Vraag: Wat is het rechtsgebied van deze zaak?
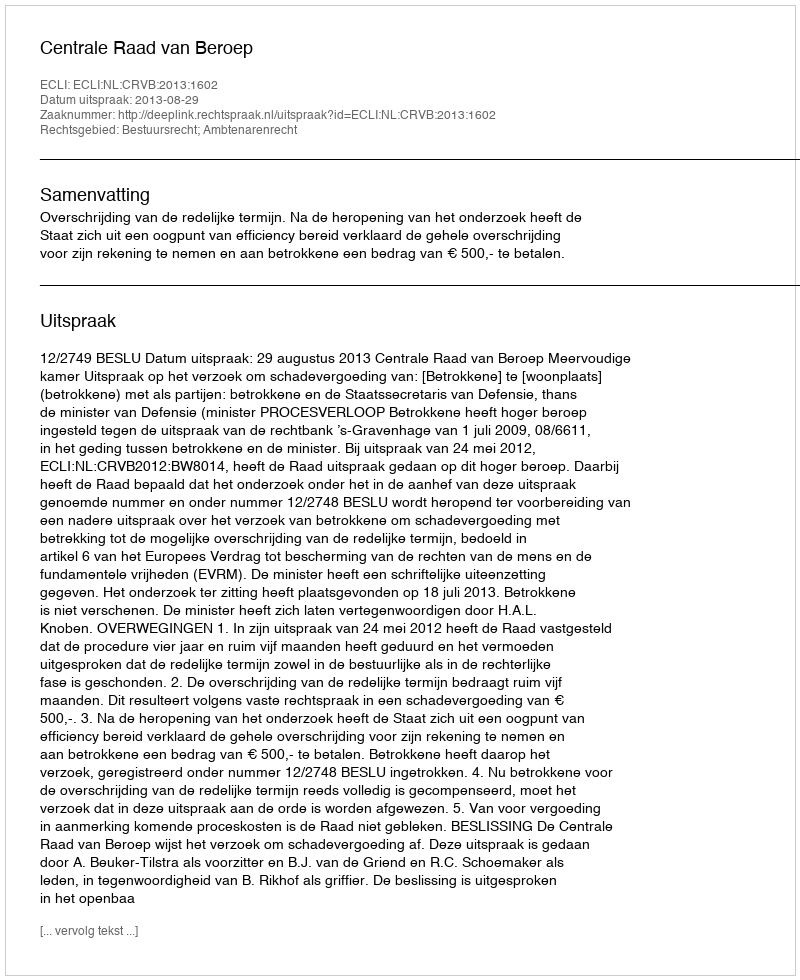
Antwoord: Bestuursrecht; Ambtenarenrecht